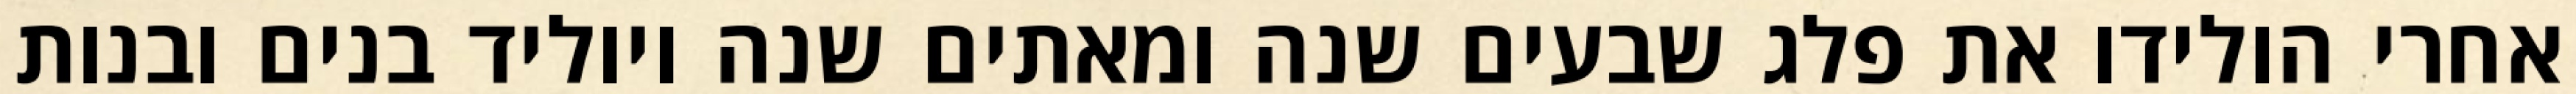
אחרי הולידו את פלג שבעים שנה ומאתים שנה ויוליד בנים ובנות